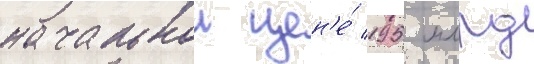
начальнои цен'е́ 195 млрд